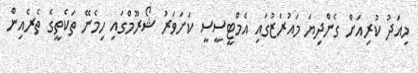
މިއަދު ކުރިއަށް ގެންދިޔަ މައުރަޒުގައި އެމްޓީސީސީ ކަށަވަރު ޝޯރޫމްގައި ހިމެނޭ ތަކެތީގެ ތެރެއިން